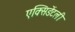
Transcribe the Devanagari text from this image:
एक्सिडेंटली